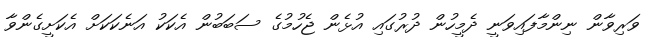
ވަރިވާން ނިންމާފައިވަނީ ދެމީހުން ދުރުގައި އުޅެން ޖެހުމުގެ ސަބަބުން އެކަކު އަނެކަކަށް އެކަށީގެންވާ